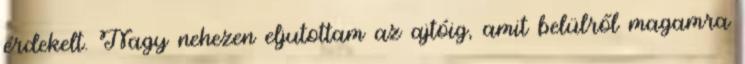
érdekelt. Nagy nehezen eljutottam az ajtóig, amit belülről magamra